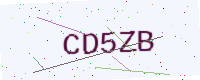
Text: CD5ZB